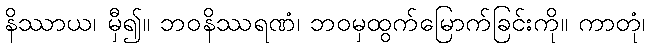
နိဿာယ၊ မှီ၍။ ဘဝနိဿရဏံ၊ ဘဝမှထွက်မြောက်ခြင်းကို။ ကာတုံ၊